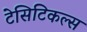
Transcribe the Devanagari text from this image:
टेसिटिकल्स